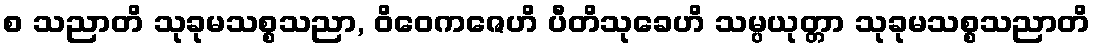
စ သညာတိ သုခုမသစ္စသညာ, ဝိဝေကဇေဟိ ပီတိသုခေဟိ သမ္ပယုတ္တာ သုခုမသစ္စသညာတိ